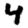
Digit: 4